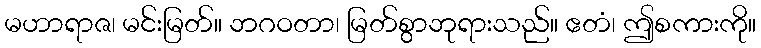
မဟာရာဇ၊ မင်းမြတ်။ ဘဂဝတာ၊ မြတ်စွာဘုရားသည်။ ဧတံ၊ ဤစကားကို။